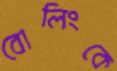
বোলিংকে